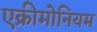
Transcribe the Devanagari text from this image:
एक्रीमोनियम